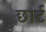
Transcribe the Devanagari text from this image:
छार्ट